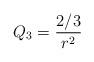
LaTeX: \begin{align*}Q_3=\frac{2/3}{ r^2}\end{align*}